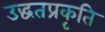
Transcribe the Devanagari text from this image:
उद्धतप्रकृति